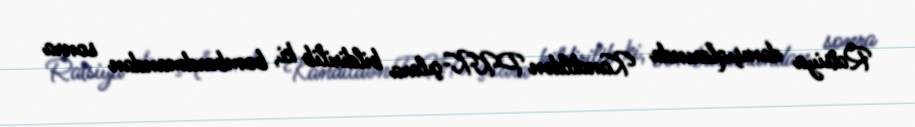
Ratsiya danışıqlarında Kandildən PKK-çılara bildirilib ki, bombardmandan sonra